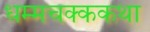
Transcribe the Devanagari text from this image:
धम्मचक्ककथा